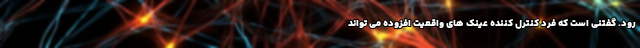
رود. گفتنی است که فرد کنترل کننده عینک های واقعیت افزوده می تواند